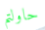
حاولتم